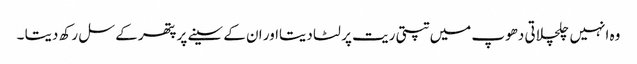
وہ انہیں چلچلاتی دھوپ میں تپتی ریت پر لٹا دیتااور ان کے سینے پر پتھر کے سل رکھ دیتا ۔